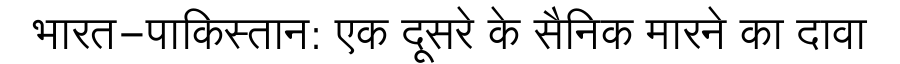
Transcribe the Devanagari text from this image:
भारत-पाकिस्तान: एक दूसरे के सैनिक मारने का दावा